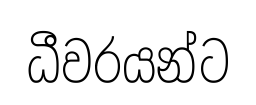
ධීවරයන්ට